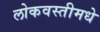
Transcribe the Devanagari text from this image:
लोकवस्तीमधे